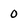
Character: 0